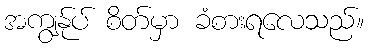
အကျွန်ုပ် စိတ်မှာ ခံစားရလေသည်။